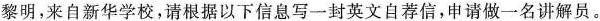
黎明，来自新华学校，请根据以下信息写一封英文自荐信，申请做一名讲解员。